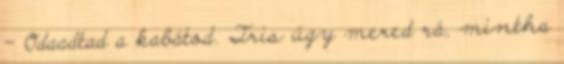
– Odaadtad a kabátod. Tris úgy mered rá, mintha